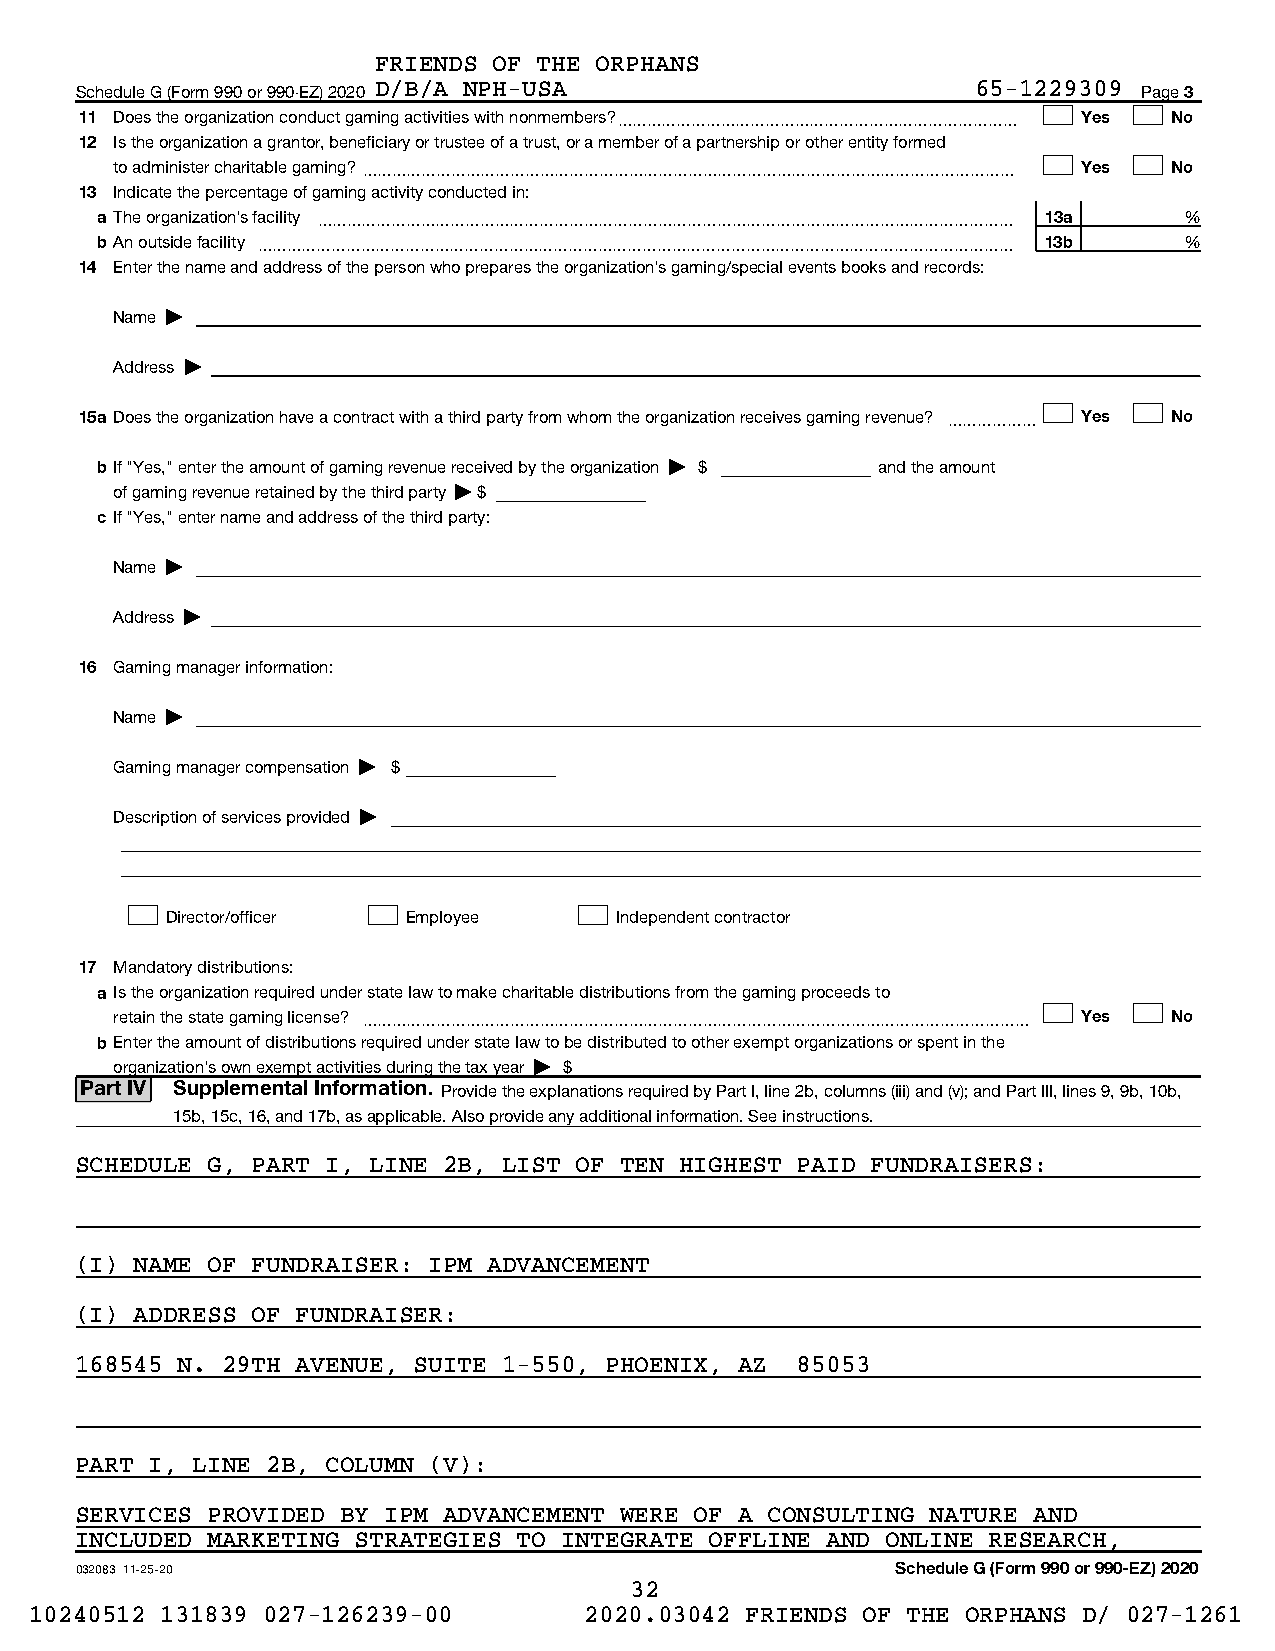
FRIENDS OF THE ORPHANS
 Schedule G (Form 990 or 990-EZ) 2020 D/B/A NPH-USA          65-1229309 Page 3
 11 Does the organization conduct gaming activities with nonmembers?~~~~~~~~~~~~~~~~~~~~~~~~~~~ Yes No
 12 Is the organization a grantor, beneficiary or trustee of a trust, or a member of a partnership or other entity formed
 to administer charitable gaming?~~~~~~~~~~~~~~~~~~~~~~~~~~~~~~~~~~~~~~~~~~~~ Yes No
 13 Indicate the percentage of gaming activity conducted in:
 a The organization's facility ~~~~~~~~~~~~~~~~~~~~~~~~~~~~~~~~~~~~~~~~~~~~~~~ 13a %
 bAn outside facility ~~~~~~~~~~~~~~~~~~~~~~~~~~~~~~~~~~~~~~~~~~~~~~~~~~~ 13b %
 14 Enter the name and address of the person who prepares the organization's gaming/special events books and records:
 Name |
 Address |
 15a Does the organization have a contract with a third party from whom the organization receives gaming revenue? ~~~~~~ Yes No
 bIf "Yes," enter the amount of gaming revenue received by the organization | $ and the amount
 of gaming revenue retained by the third party | $
 c If "Yes," enter name and address of the third party:
 Name |
 Address |
 16 Gaming manager information:
 Name |
 Gaming manager compensation | $
 Description of services provided |
 Director/officer Employee     Independent contractor
 17 Mandatory distributions:
 a Is the organization required under state law to make charitable distributions from the gaming proceeds to
 retain the state gaming license? ~~~~~~~~~~~~~~~~~~~~~~~~~~~~~~~~~~~~~~~~~~~~~ Yes No
 bEnter the amount of distributions required under state law to be distributed to other exempt organizations or spent in the
 organization's own exempt activities during the tax year | $
 Part IV Supplemental Information. Provide the explanations required by Part I, line 2b, columns (iii) and (v); and Part III, lines 9, 9b, 10b,
 15b, 15c, 16, and 17b, as applicable. Also provide any additional information. See instructions.
 SCHEDULE G, PART I, LINE 2B, LIST OF TEN HIGHEST PAID FUNDRAISERS:
 (I) NAME OF FUNDRAISER: IPM ADVANCEMENT
 (I) ADDRESS OF FUNDRAISER:
 168545 N. 29TH AVENUE, SUITE 1-550, PHOENIX, AZ 85053
 PART I, LINE 2B, COLUMN (V):
 SERVICES PROVIDED BY IPM ADVANCEMENT WERE OF A CONSULTING NATURE AND
 INCLUDED MARKETING STRATEGIES TO INTEGRATE OFFLINE AND ONLINE RESEARCH,
 032083 11-25-20                                       Schedule G (Form 990 or 990-EZ) 2020
 32
 10240512 131839 027-126239-00        2020.03042 FRIENDS OF THE ORPHANS D/ 027-1261